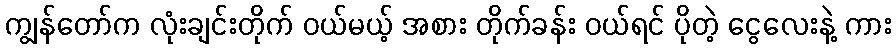
ကျွန်တော်က လုံးချင်းတိုက် ဝယ်မယ့် အစား တိုက်ခန်း ဝယ်ရင် ပိုတဲ့ ငွေလေးနဲ့ ကား